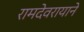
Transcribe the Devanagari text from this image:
रामदेवरायाने